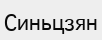
Синьцзян